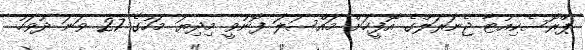
ޕްރޮސެކިއުޓާ ޖެނަރަލްގެ އޮފީހަށް މައްސަލަ ފޮނުވީ މިދިޔަ މަހުގެ 27 ވަނަ ދުވަހު